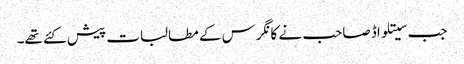
جب سیتلواڈ صاحب نے کانگرس کے مطالبات پیش کئے تھے۔